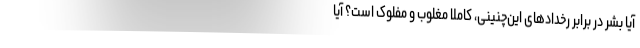
آیا بشر در برابر رخدادهای این‌چنینی، کاملاً مغلوب و مفلوک است؟ آیا